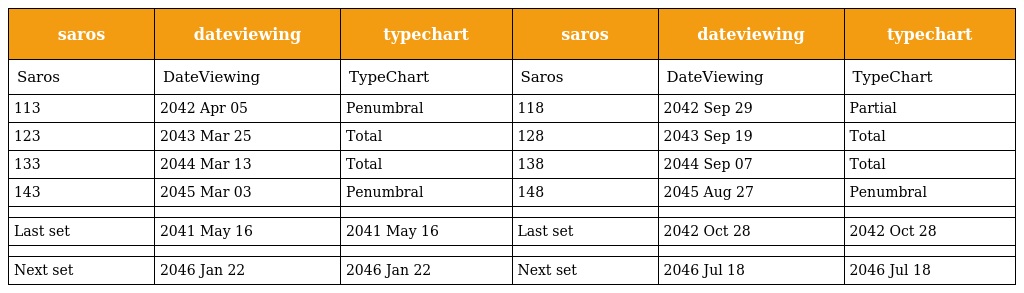
| saros | dateviewing | typechart | saros | dateviewing | typechart |
 | --- | --- | --- | --- | --- | --- |
 | Saros | DateViewing | TypeChart | Saros | DateViewing | TypeChart |
 | 113 | 2042 Apr 05 | Penumbral | 118 | 2042 Sep 29 | Partial |
 | 123 | 2043 Mar 25 | Total | 128 | 2043 Sep 19 | Total |
 | 133 | 2044 Mar 13 | Total | 138 | 2044 Sep 07 | Total |
 | 143 | 2045 Mar 03 | Penumbral | 148 | 2045 Aug 27 | Penumbral |
 |  |  |  |  |  |  |
 | Last set | 2041 May 16 | 2041 May 16 | Last set | 2042 Oct 28 | 2042 Oct 28 |
 |  |  |  |  |  |  |
 | Next set | 2046 Jan 22 | 2046 Jan 22 | Next set | 2046 Jul 18 | 2046 Jul 18 |